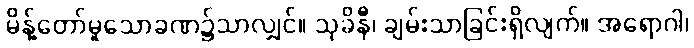
မိန့်တော်မူသောခဏ၌သာလျှင်။ သုခိနီ၊ ချမ်းသာခြင်းရှိလျက်။ အရောဂါ၊